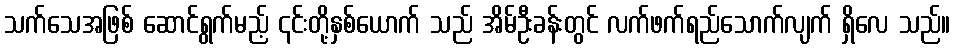
သက်သေအဖြစ် ဆောင်ရွက်မည့် ၎င်းတို့နှစ်ယောက် သည် အိမ်ဦးခန်းတွင် လက်ဖက်ရည်သောက်လျက် ရှိလေ သည်။